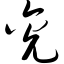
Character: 兖